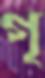
গৃ